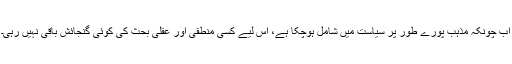
اب چونکہ مذہب پورے طور پر سیاست میں شامل ہوچکا ہے، اس لیے کسی منطقی اور عقلی بحث کی کوئی گنجائش باقی نہیں رہی۔